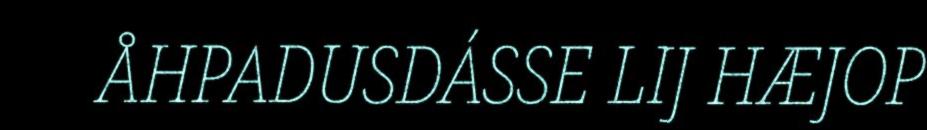
ÅHPADUSDÁSSE LIJ HÆJOP